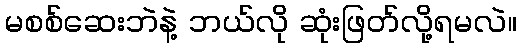
မစစ်ဆေးဘဲနဲ့ ဘယ်လို ဆုံးဖြတ်လို့ရမလဲ။